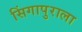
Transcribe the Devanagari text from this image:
सिंगापुराला